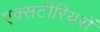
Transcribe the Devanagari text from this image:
एक्सटीरियरों